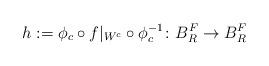
LaTeX: \begin{align*}h:=\phi_c \circ f|_{W^c}\circ\phi_c^{-1}\colon B^F_R\to B^F_R\end{align*}